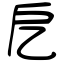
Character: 戹